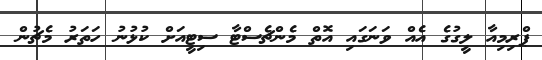
ޕްރިމިއާ ލީގުގެ އެއް ވަނަގައި އޮތް މެންޗެސްޓާ ސިޓީއަށް ކުޅުނު ހަތަރު މެޗުން